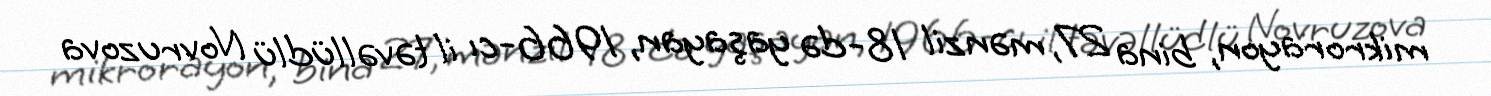
mikrorayon, bina 27, mənzil 18-də yaşayan, 1966-cı il təvəllüdlü Novruzova